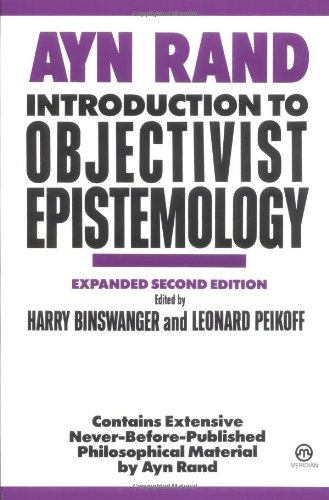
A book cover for Introduction to Objectivist Epistemology: Expanded Second Edition; Ayn Rand; Literature & Fiction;